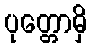
ပုတ္တောမှိ